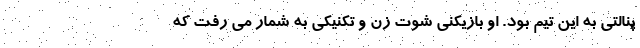
پنالتی به این تیم بود. او بازیکنی شوت زن و تکنیکی به شمار می رفت که